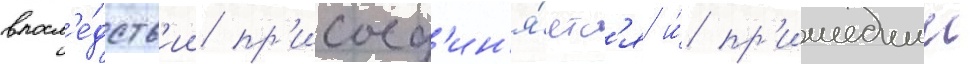
впосл'е́дств'ии пр'исоед'ин'я́етс'я и́ пр'ишедшии